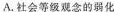
A.社会等级观念的弱化